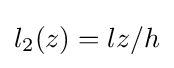
l_{2}(z)=lz/h